Vaccination in Bombay 1863-1868 - 1863-1868
Year: 1863
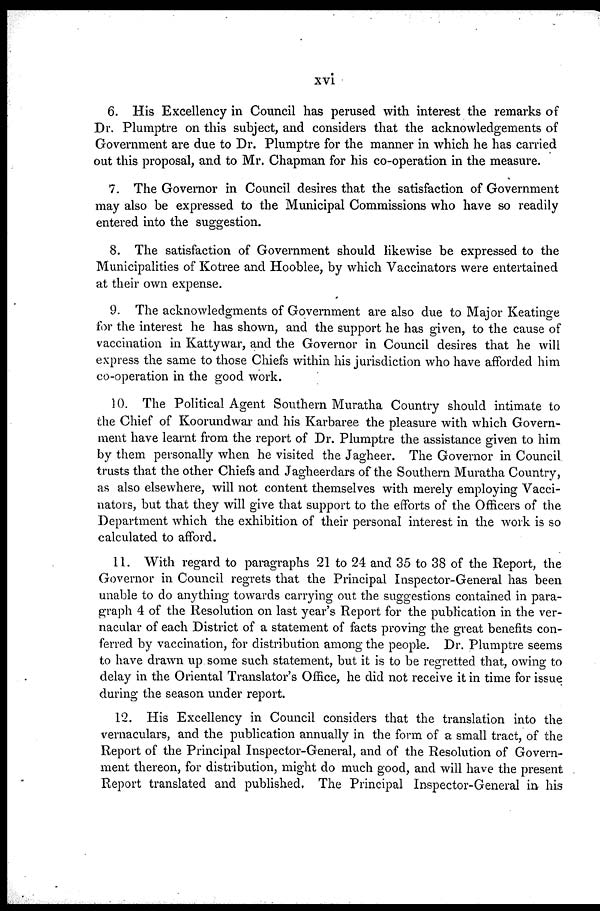
xvi
6. His Excellency in Council has perused with interest the remarks of
Dr. Plumptre on this subject, and considers that the acknowledgements of
Government are due to Dr. Plumptre for the manner in which he has carried
out this proposal, and to Mr. Chapman for his co-operation in the measure.
7. The Governor in Council desires that the satisfaction of Government
may also be expressed to the Municipal Commissions who have so readily
entered into the suggestion.
8. The satisfaction of Government should likewise be expressed to the
Municipalities of Kotree and Hooblee, by which Vaccinators were entertained
at their own expense.
9. The acknowledgments of Government are also due to Major Keatinge
for the interest he has shown, and the support he has given, to the cause of
vaccination in Kattywar, and the Governor in Council desires that he will
express the same to those Chiefs within his jurisdiction who have afforded him
co-operation in the good work.
10. The Political Agent Southern Muratha Country should intimate to
the Chief of Koorundwar and his Karbaree the pleasure with which Govern-
ment have learnt from the report of Dr. Plumptre the assistance given to him
by them personally when he visited the Jagheer. The Governor in Council
trusts that the other Chiefs and Jagheerdars of the Southern Muratha Country,
as also elsewhere, will not content themselves with merely employing Vacci-
nators, but that they will give that support to the efforts of the Officers of the
Department which the exhibition of their personal interest in the work is so
calculated to afford.
11. With regard to paragraphs 21 to 24 and 35 to 38 of the Report, the
Governor in Council regrets that the Principal Inspector-General has been
unable to do anything towards carrying out the suggestions contained in para-
graph 4 of the Resolution on last year's Report for the publication in the ver-
nacular of each District of a statement of facts proving the great benefits con-
ferred by vaccination, for distribution among the people. Dr. Plumptre seems
to have drawn up some such statement, but it is to be regretted that, owing to
delay in the Oriental Translator's Office, he did not receive it in time for issue
during the season under report.
12. His Excellency in Council considers that the translation into the
vernaculars, and the publication annually in the form of a small tract, of the
Report of the Principal Inspector-General, and of the Resolution of Govern-
ment thereon, for distribution, might do much good, and will have the present
Report translated and published. The Principal Inspector-General in his